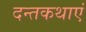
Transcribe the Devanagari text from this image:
दन्तकथाएं